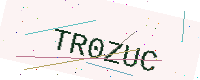
Text: TR0ZUC